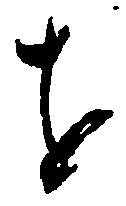
を